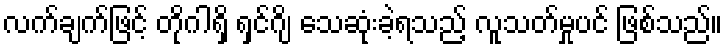
လက်ချက်ဖြင့် တိုဂါရှိ ရှင်ဂျိ သေဆုံးခဲ့ရသည့် လူသတ်မှုပင် ဖြစ်သည်။